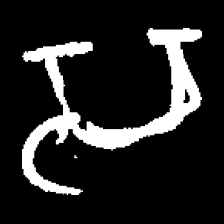
Pyu character \u2014 Myanmar letter: သ (romanized: sa)